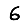
Digit: 6